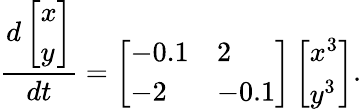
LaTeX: \frac{d\left[\begin{array}{l}{x}\\ {y}\end{array}\right]}{dt}=\left[\begin{array}{ll}{-0.1}&{2}\\ {-2}&{-0.1}\end{array}\right]\left[\begin{array}{l}{x^{3}}\\ {y^{3}}\end{array}\right].